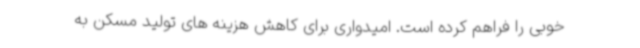
خوبی را فراهم کرده است. امیدواری برای کاهش هزینه های تولید مسکن به